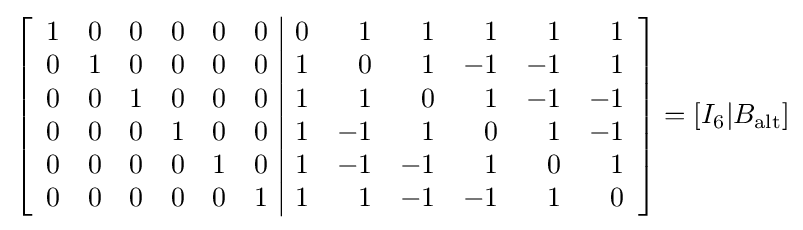
\left[{\begin{array}{rrrrrr|rrrrrr}1&0&0&0&0&0&0&1&1&1&1&1\\0&1&0&0&0&0&1&0&1&-1&-1&1\\0&0&1&0&0&0&1&1&0&1&-1&-1\\0&0&0&1&0&0&1&-1&1&0&1&-1\\0&0&0&0&1&0&1&-1&-1&1&0&1\\0&0&0&0&0&1&1&1&-1&-1&1&0\\\end{array}}\right]=[I_{6}|B_{\mathrm {alt} }]